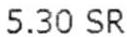
5.30 SR